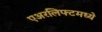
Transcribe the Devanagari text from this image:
एअरलिफ्टमध्ये